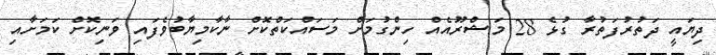
ދިޔައީ ދަތުރުފަތުރާ ގުޅެ 28 މަޝްރޫއެއް ހިންގުމަށް މަސައްކަތްކޮށް ނާކާމިޔާބުވެފައި ވަނިކޮށް ކަމަށާއި